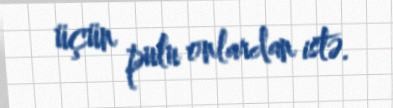
üçün pulu onlardan istə.